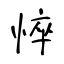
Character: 悴